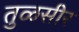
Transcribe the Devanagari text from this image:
तुळसीर